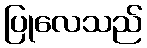
ပြုလေသည်